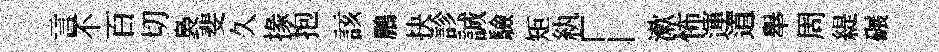
言不百切裊斐久掾抱該鵬抉診誠驗矩紈「漱怖運道舉周緹碾